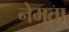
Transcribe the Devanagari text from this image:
नेमता